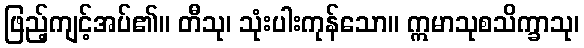
ဖြည့်ကျင့်အပ်၏။ တီသု၊ သုံးပါးကုန်သော။ ဣမာသုစသိက္ခာသု၊